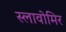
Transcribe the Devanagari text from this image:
स्लावोमिर